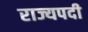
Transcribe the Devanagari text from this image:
राज्यपदी